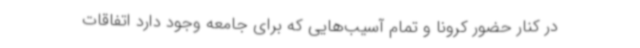
در کنار حضور کرونا و تمام آسیب‌هایی که برای جامعه وجود دارد اتفاقات